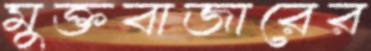
মুক্তবাজারের